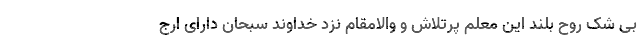
بی شک روح بلند این معلم پرتلاش و والامقام نزد خداوند سبحان دارای ارج